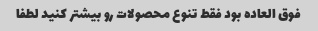
فوق العاده بود فقط تنوع محصولات رو بیشتر کنید لطفا